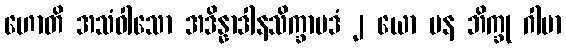
ဟောတိ အသံဝါသော အဒိန္နာဒါနသိက္ခာပဒံ ၂ ယော ပန ဘိက္ခု ဂါမာ